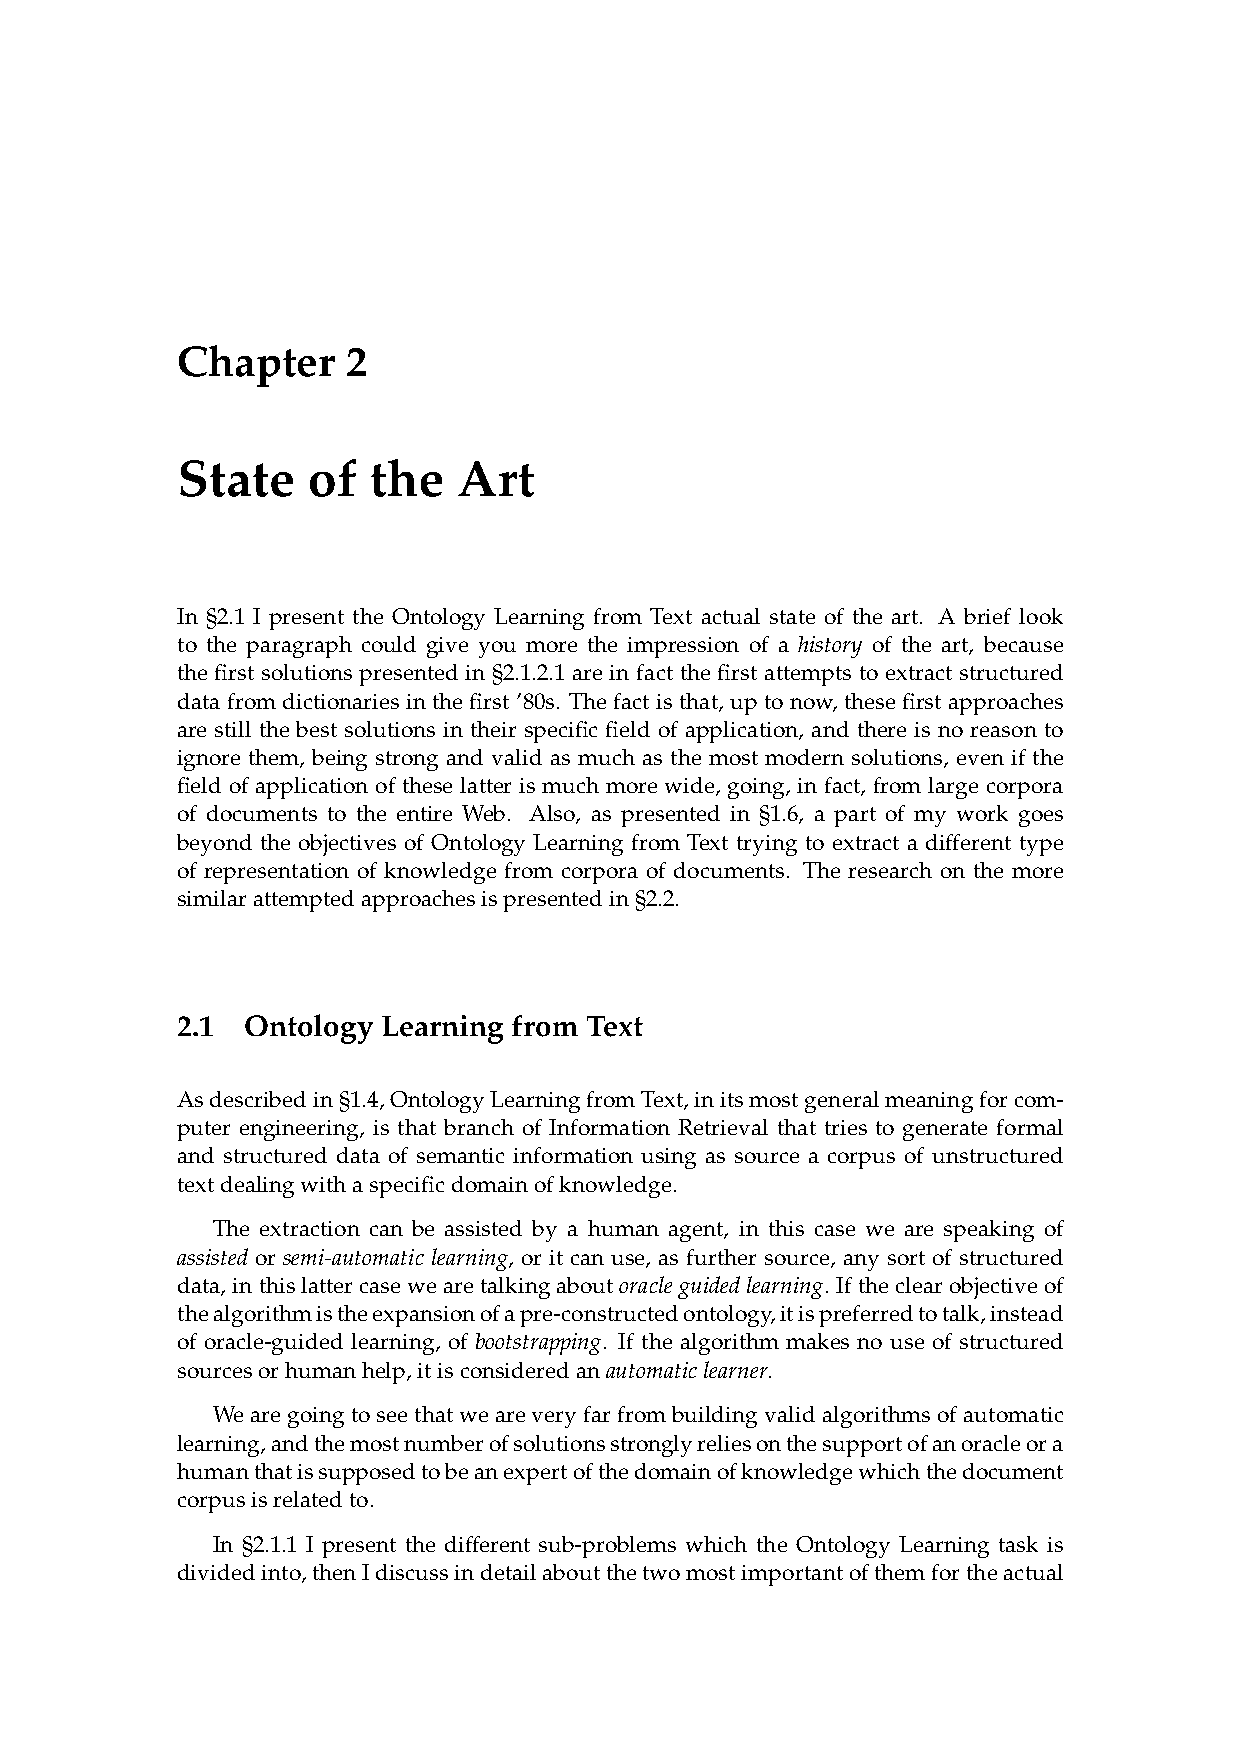
Chapter    2
 State   of  the   Art
 In §2.1 I present the Ontology Learning from Text actual state of the art. A brief look
 to the paragraph could give you more the impression of a history of the art, because
 the first solutions presented in §2.1.2.1 are in fact the first attempts to extract structured
 datafromdictionariesinthefirst’80s. Thefactisthat, uptonow, thesefirstapproaches
 are still the best solutions in their specific field of application, and there is no reason to
 ignore them, being strong and valid as much as the most modern solutions, even if the
 field of application of these latter is much more wide, going, in fact, from large corpora
 of documents to the entire Web. Also, as presented in §1.6, a part of my work goes
 beyond the objectives of Ontology Learning from Text trying to extract a different type
 of representation of knowledge from corpora of documents. The research on the more
 similarattemptedapproachesispresentedin§2.2.
 2.1 Ontology Learning from Text
 Asdescribedin§1.4,OntologyLearningfromText,initsmostgeneralmeaningforcom-
 puter engineering, is that branch of Information Retrieval that tries to generate formal
 and structured data of semantic information using as source a corpus of unstructured
 textdealingwithaspecificdomainofknowledge.
 The extraction can be assisted by a human agent, in this case we are speaking of
 assisted or semi-automatic learning, or it can use, as further source, any sort of structured
 data,inthislattercasewearetalkingaboutoracleguidedlearning. Iftheclearobjectiveof
 thealgorithmistheexpansionofapre-constructedontology,itispreferredtotalk,instead
 of oracle-guided learning, of bootstrapping. If the algorithm makes no use of structured
 sourcesorhumanhelp,itisconsideredanautomaticlearner.
 Wearegoingtoseethatweareveryfarfrombuildingvalidalgorithmsofautomatic
 learning,andthemostnumberofsolutionsstronglyreliesonthesupportofanoracleora
 humanthatissupposedtobeanexpertofthedomainofknowledgewhichthedocument
 corpusisrelatedto.
 In §2.1.1 I present the different sub-problems which the Ontology Learning task is
 dividedinto,thenIdiscussindetailaboutthetwomostimportantofthemfortheactual